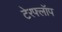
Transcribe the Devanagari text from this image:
टेरफ्लॉप